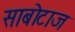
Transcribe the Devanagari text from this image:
साबोटाज